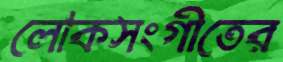
লোকসংগীতের